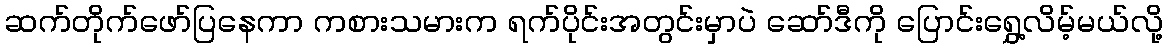
ဆက်တိုက်ဖော်ပြနေကာ ကစားသမားက ရက်ပိုင်းအတွင်းမှာပဲ ဆော်ဒီကို ပြောင်းရွှေ့လိမ့်မယ်လို့